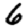
Digit: 6